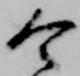
令